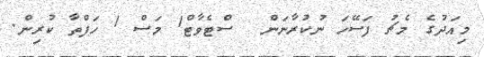
މިއަދުގެ މެޗު ފަސޭހަ ނުކުރާނަން  ސްޓެވާޓް1 މަސް 1 ހަފްތާ ކުރިން.